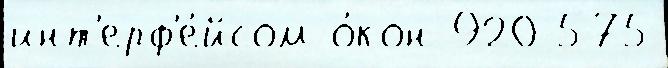
инт'ерф'е́йсом о́кон 920 575